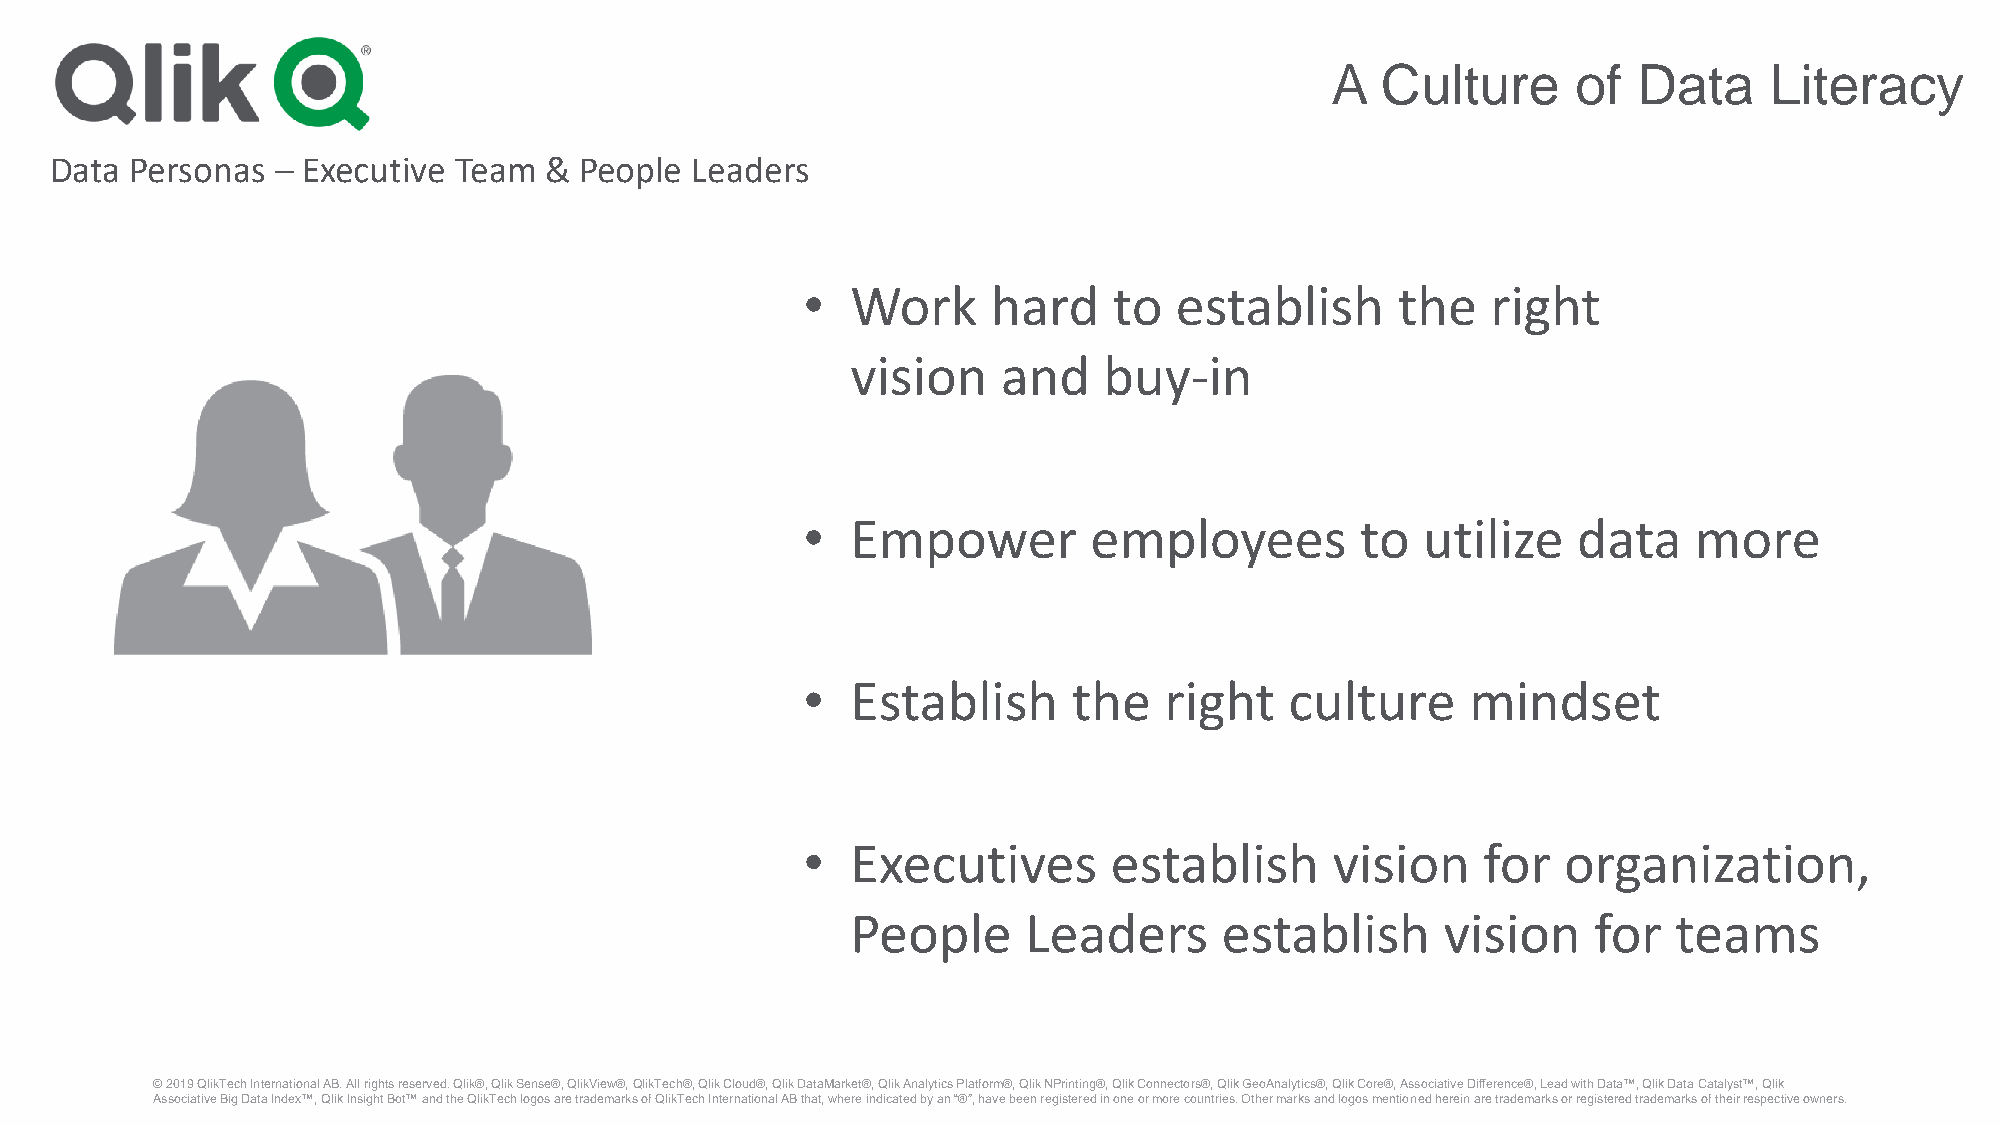
A  Culture      of  Data     Literacy
 Data  Personas – Executive Team  & People  Leaders
 •  Work      hard    to  establish      the   right
 vision    and    buy-in
 •  Empower         employees         to  utilize   data    more
 •  Establish      the   right   culture     mindset
 •  Executives       establish      vision    for  organization,
 People      Leaders      establish      vision   for   teams
 © 2019 QlikTechInternational AB. All rights reserved. Qlik®, Qlik Sense®, QlikView®, QlikTech®, Qlik Cloud®, Qlik DataMarket®, Qlik Analytics Platform®, Qlik NPrinting®, Qlik Connectors®, Qlik GeoAnalytics®, Qlik Core®, Associative Difference®, Lead with Data™, Qlik Data Catalyst™, Qlik
 Associative Big Data Index™, Qlik Insight Bot™ and the QlikTechlogos are trademarks of QlikTechInternational AB that, where indicated by an “®”, have been registered in one or more countries. Other marks and logos mentioned herein are trademarks or registered trademarks of their respective owners.